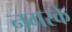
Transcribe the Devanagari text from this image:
नगरके